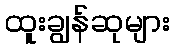
ထူးချွန်ဆုများ